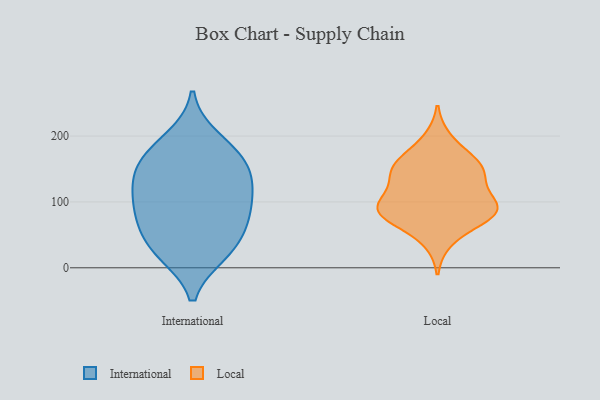
{"axis": {"x": "Gross Profit (USD K)", "y": "Value"}, "legend": ["International", "Local"], "data": [{"x": "", "y": 83, "type": "International"}, {"x": "", "y": 93, "type": "International"}, {"x": "", "y": 175, "type": "International"}, {"x": "", "y": 133, "type": "International"}, {"x": "", "y": 22, "type": "International"}, {"x": "", "y": 164, "type": "International"}, {"x": "", "y": 33, "type": "International"}, {"x": "", "y": 24, "type": "International"}, {"x": "", "y": 196, "type": "International"}, {"x": "", "y": 121, "type": "International"}, {"x": "", "y": 157, "type": "International"}, {"x": "", "y": 65, "type": "International"}, {"x": "", "y": 127, "type": "International"}, {"x": "", "y": 76, "type": "International"}, {"x": "", "y": 99, "type": "Local"}, {"x": "", "y": 78, "type": "Local"}, {"x": "", "y": 90, "type": "Local"}, {"x": "", "y": 195, "type": "Local"}, {"x": "", "y": 134, "type": "Local"}, {"x": "", "y": 103, "type": "Local"}, {"x": "", "y": 79, "type": "Local"}, {"x": "", "y": 159, "type": "Local"}, {"x": "", "y": 154, "type": "Local"}, {"x": "", "y": 165, "type": "Local"}, {"x": "", "y": 140, "type": "Local"}, {"x": "", "y": 79, "type": "Local"}, {"x": "", "y": 94, "type": "Local"}, {"x": "", "y": 143, "type": "Local"}, {"x": "", "y": 82, "type": "Local"}, {"x": "", "y": 41, "type": "Local"}]}